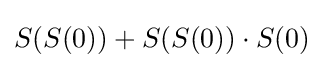
S(S(0))+S(S(0))\cdot S(0)